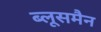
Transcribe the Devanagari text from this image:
ब्लूसमैन